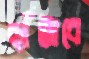
ছাঁটাবে